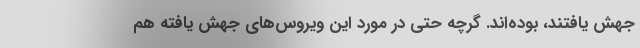
جهش یافتند، بوده‌اند. گرچه حتی در مورد این ویروس‌های جهش یافته هم